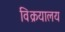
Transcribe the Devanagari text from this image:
विक्रयालय